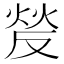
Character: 𰞵